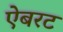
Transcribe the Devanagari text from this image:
ऐबरट